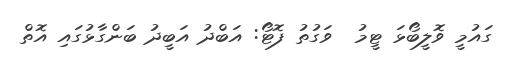
ގައުމީ ވޮލީބޯޅަ ޓީމު  ވަގުތު ފޮޓޯ: އަބްދު އަބީދު ބަންގާޅުގައި އޮތް